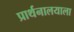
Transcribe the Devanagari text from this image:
प्रार्थनालयाला